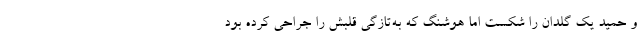
و حمید یک گلدان را شکست اما هوشنگ که به‌تازگی قلبش را جراحی کرده بود